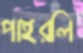
পাইরলি